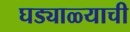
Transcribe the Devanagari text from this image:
घड्याळ्याची